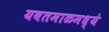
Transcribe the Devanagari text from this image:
यवतमाळमध्ये